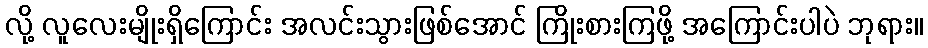
လို့ လူလေးမျိုးရှိကြောင်း အလင်းသွားဖြစ်အောင် ကြိုးစားကြဖို့ အကြောင်းပါပဲ ဘုရား။